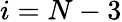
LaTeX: i=N-3